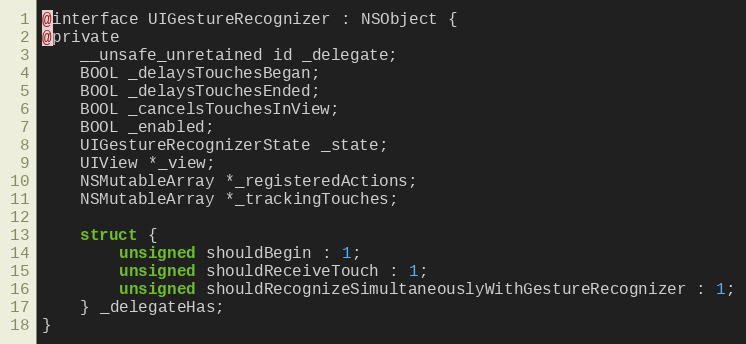
Language: C
@interface UIGestureRecognizer : NSObject {
@private
    __unsafe_unretained id _delegate;
    BOOL _delaysTouchesBegan;
    BOOL _delaysTouchesEnded;
    BOOL _cancelsTouchesInView;
    BOOL _enabled;
    UIGestureRecognizerState _state;
    UIView *_view;
    NSMutableArray *_registeredActions;
    NSMutableArray *_trackingTouches;

    struct {
        unsigned shouldBegin : 1;
        unsigned shouldReceiveTouch : 1;
        unsigned shouldRecognizeSimultaneouslyWithGestureRecognizer : 1;
    } _delegateHas;
}